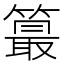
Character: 𥳣